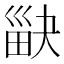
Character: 𤱾